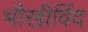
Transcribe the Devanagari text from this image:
भीखीविंद